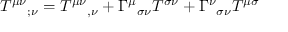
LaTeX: T ^ { \mu \nu } { } _ { ; \nu } = T ^ { \mu \nu } { } _ { , \nu } + \Gamma ^ { \mu } { } _ { \sigma \nu } T ^ { \sigma \nu } + \Gamma ^ { \nu } { } _ { \sigma \nu } T ^ { \mu \sigma }